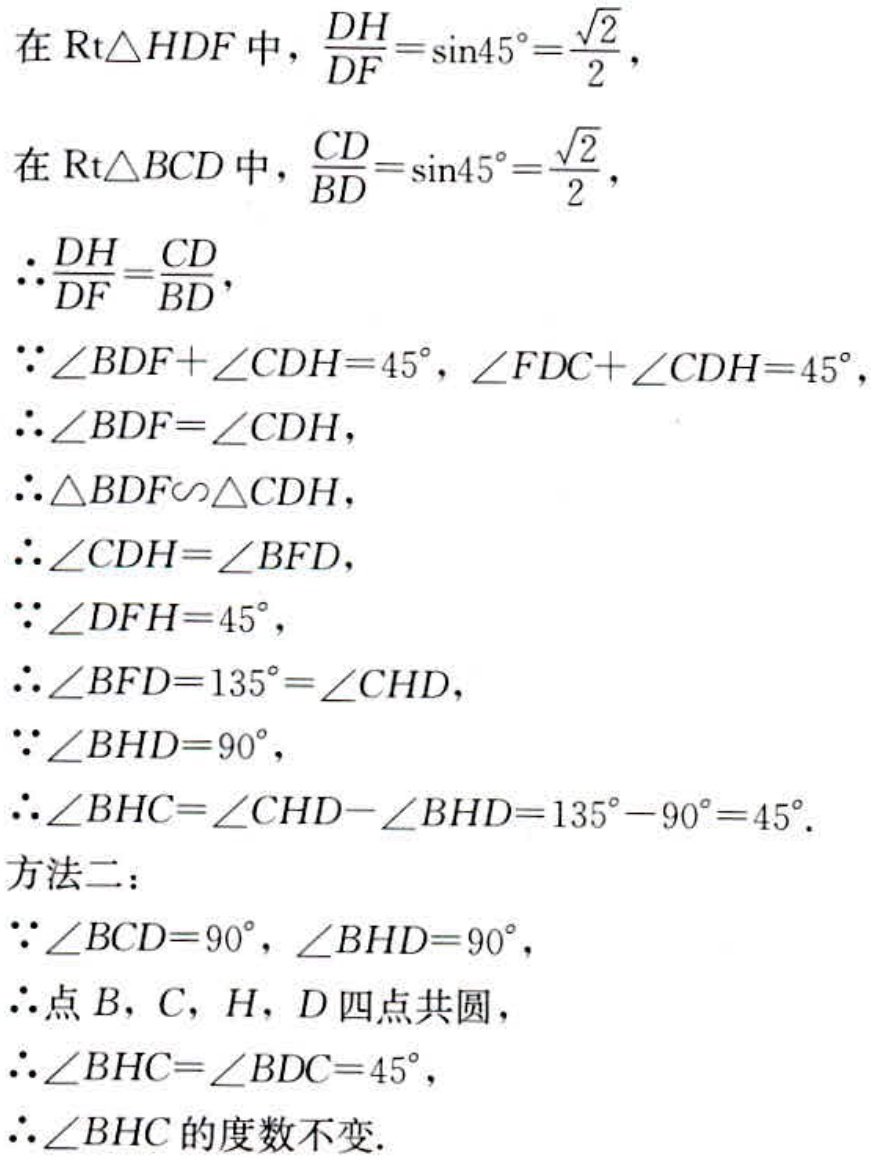
在$\mathrm{Rt}\triangle HDF$中，$\frac{DH}{DF}=\sin45^{\circ}=\frac{\sqrt{2}}{2}$，
在$\mathrm{Rt}\triangle BCD$中，$\frac{CD}{BD}=\sin45^{\circ}=\frac{\sqrt{2}}{2}$，
$\therefore\frac{DH}{DF}=\frac{CD}{BD}$，
$\because\angle BDF + \angle CDH = 45^{\circ}$，$\angle FDC + \angle CDH = 45^{\circ}$，
$\therefore\angle BDF = \angle CDH$，
$\therefore\triangle BDF\sim\triangle CDH$，
$\therefore\angle CDH = \angle BFD$，
$\because\angle DFH = 45^{\circ}$，
$\therefore\angle BFD = 135^{\circ}=\angle CHD$，
$\because\angle BHD = 90^{\circ}$，
$\therefore\angle BHC=\angle CHD - \angle BHD = 135^{\circ}-90^{\circ}=45^{\circ}$.
方法二：
$\because\angle BCD = 90^{\circ}$，$\angle BHD = 90^{\circ}$，
$\therefore$点$B$，$C$，$H$，$D$四点共圆，
$\therefore\angle BHC = \angle BDC = 45^{\circ}$，
$\therefore\angle BHC$的度数不变.